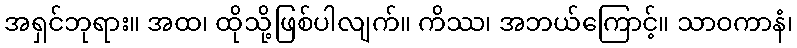
အရှင်ဘုရား။ အထ၊ ထိုသို့ဖြစ်ပါလျက်။ ကိဿ၊ အဘယ်ကြောင့်။ သာဝကာနံ၊